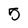
Character: 5